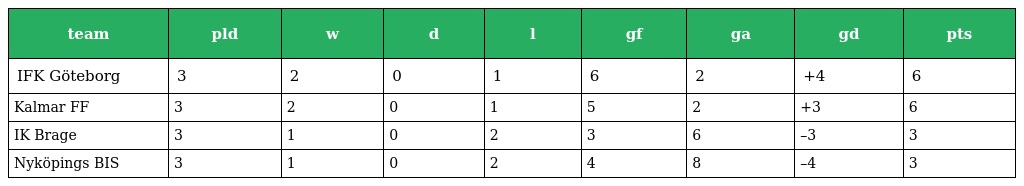
| team | pld | w | d | l | gf | ga | gd | pts |
 | --- | --- | --- | --- | --- | --- | --- | --- | --- |
 | IFK Göteborg | 3 | 2 | 0 | 1 | 6 | 2 | +4 | 6 |
 | Kalmar FF | 3 | 2 | 0 | 1 | 5 | 2 | +3 | 6 |
 | IK Brage | 3 | 1 | 0 | 2 | 3 | 6 | –3 | 3 |
 | Nyköpings BIS | 3 | 1 | 0 | 2 | 4 | 8 | –4 | 3 |